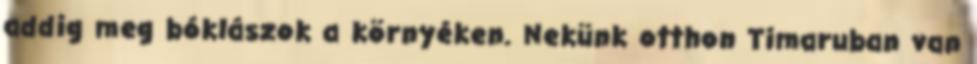
addig meg bóklászok a környéken. Nekünk otthon Timaruban van